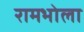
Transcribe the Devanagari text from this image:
रामभोला